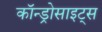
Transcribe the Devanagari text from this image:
कॉन्ड्रोसाइट्स